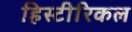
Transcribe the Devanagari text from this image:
हिस्टीरिकल